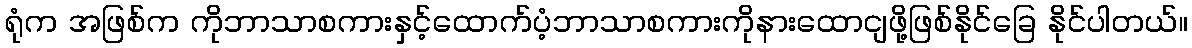
ရုံက အဖြစ်က ကိုဘာသာစကားနှင့်ထောက်ပံ့ဘာသာစကားကိုနားထောငျဖို့ဖြစ်နိုင်ခြေ နိုင်ပါတယ်။